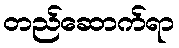
တည်ဆောက်ရာ